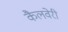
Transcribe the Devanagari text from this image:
कैलवेरी